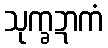
သုက္ခဍာကံ